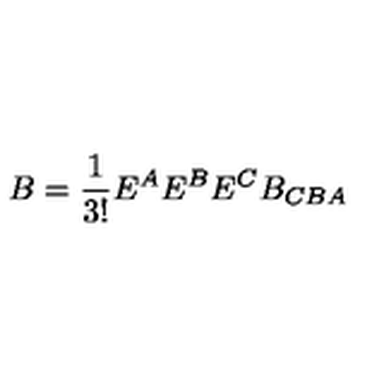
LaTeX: B = \frac { 1 } { 3 ! } E ^ { A } E ^ { B } E ^ { C } B _ { C B A }